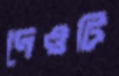
দেওটি